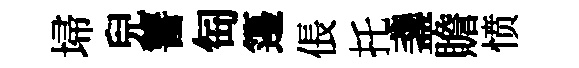
埽兒讐匋籩倀托盞贍愤